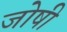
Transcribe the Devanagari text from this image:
जोषी